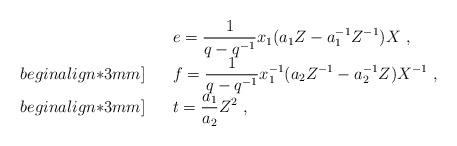
LaTeX: \begin{align*}\begin{array}{rcl}& &e=\displaystyle\frac{1}{q-q^{-1}}x_1(a_1Z-a_1^{-1}Z^{-1})X~,\\begin{align*}3mm]&&f=\displaystyle\frac{1}{q-q^{-1}}x_1^{-1}(a_2Z^{-1}-a_2^{-1}Z)X^{-1}~,\\begin{align*}3mm]& &t=\displaystyle\frac{a_1}{a_2}Z^2~,\end{array}\end{align*}